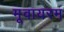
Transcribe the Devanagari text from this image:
मूवायरम